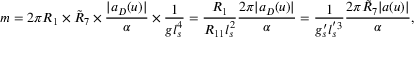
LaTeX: m = 2 \pi R _ { 1 } \times \tilde { R } _ { 7 } \times { \frac { | a _ { D } ( u ) | } { \alpha } } \times { \frac { 1 } { g l _ { s } ^ { 4 } } } = { \frac { R _ { 1 } } { R _ { 1 1 } l _ { s } ^ { 2 } } } { \frac { 2 \pi | a _ { D } ( u ) | } { \alpha } } = { \frac { 1 } { g _ { s } ^ { \prime } l _ { s } ^ { ' 3 } } } { \frac { 2 \pi \tilde { R } _ { 7 } | a ( u ) | } { \alpha } } ,